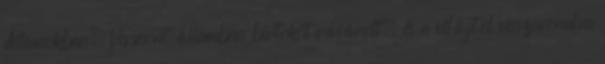
Államokban, Vermont államban birtokot vásárolt, és a világtól visszavonulva